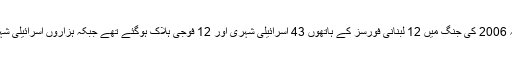
غیر ملکی خبر رساں ادارے کا کہنا تھا کہ 2006 کی جنگ میں 12 لبنانی فورسز کے ہاتھوں 43 اسرائیلی شہری اور 12 فوجی ہلاک ہوگئے تھے جبکہ ہزاروں اسرائیلی شہری بمباری کے باعث زخمی ہوئے تھے۔